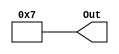
`timescale 1ns / 1ps
//////////////////////////////////////////////////////////////////////////////////
// Company: 
// Engineer: 
// 
// Design Name: 
// Module Name:    bitConstant 
// Project Name: 
// Target Devices: 
// Tool versions: 
// Description: 
//
// Dependencies: 
//
// Revision: 
// Revision 0.01 - File Created
// Additional Comments: 
//
//////////////////////////////////////////////////////////////////////////////////
module bitConstant(
    output [3:0] Out
    );
	 
	 assign Out = 4'b0111;


endmodule